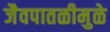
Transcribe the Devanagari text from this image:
जैवपातळीमुळे